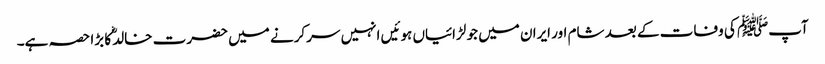
آپﷺ کی وفات کے بعد شام اور ایران میں جو لڑائیاں ہوئیں انہیں سرکرنے میں حضرت خالدؓ کا بڑا حصہ ہے۔